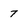
Character: 7